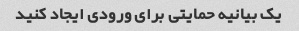
یک بیانیه حمایتی برای ورودی ایجاد کنید